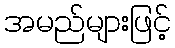
အမည်များဖြင့်